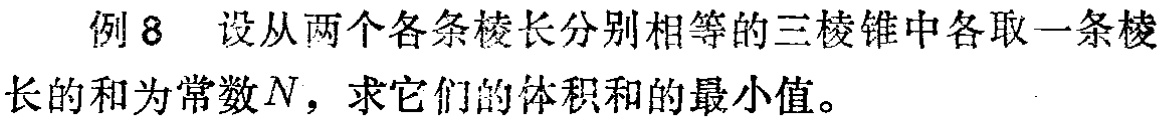
例8 设从两个各条棱长分别相等的三棱锥中各取一条棱，棱长的和为常数\(N\)，求它们的体积和的最小值。